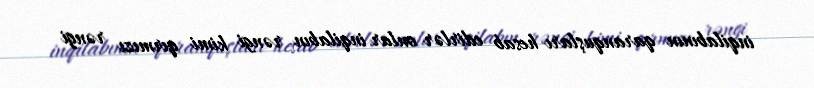
inqilabının qaranquşları hesab edirlər onlar inqilabın rəngi kimi qırmızı rəngi